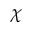
\boldsymbol { \chi }